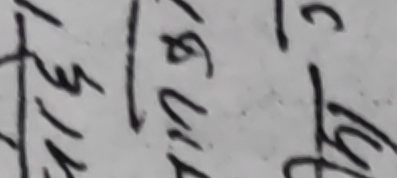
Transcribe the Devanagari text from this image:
सिगुल